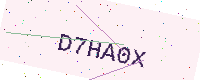
Text: D7HA0X